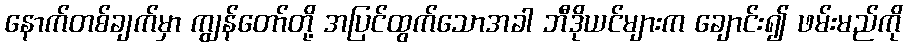
နောက်တစ်ချက်မှာ ကျွန်တော်တို့ အပြင်ထွက်သောအခါ ဘီဒိုယင်များက ချောင်း၍ ဖမ်းမည်ကို